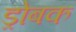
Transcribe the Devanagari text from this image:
ड्रोबक